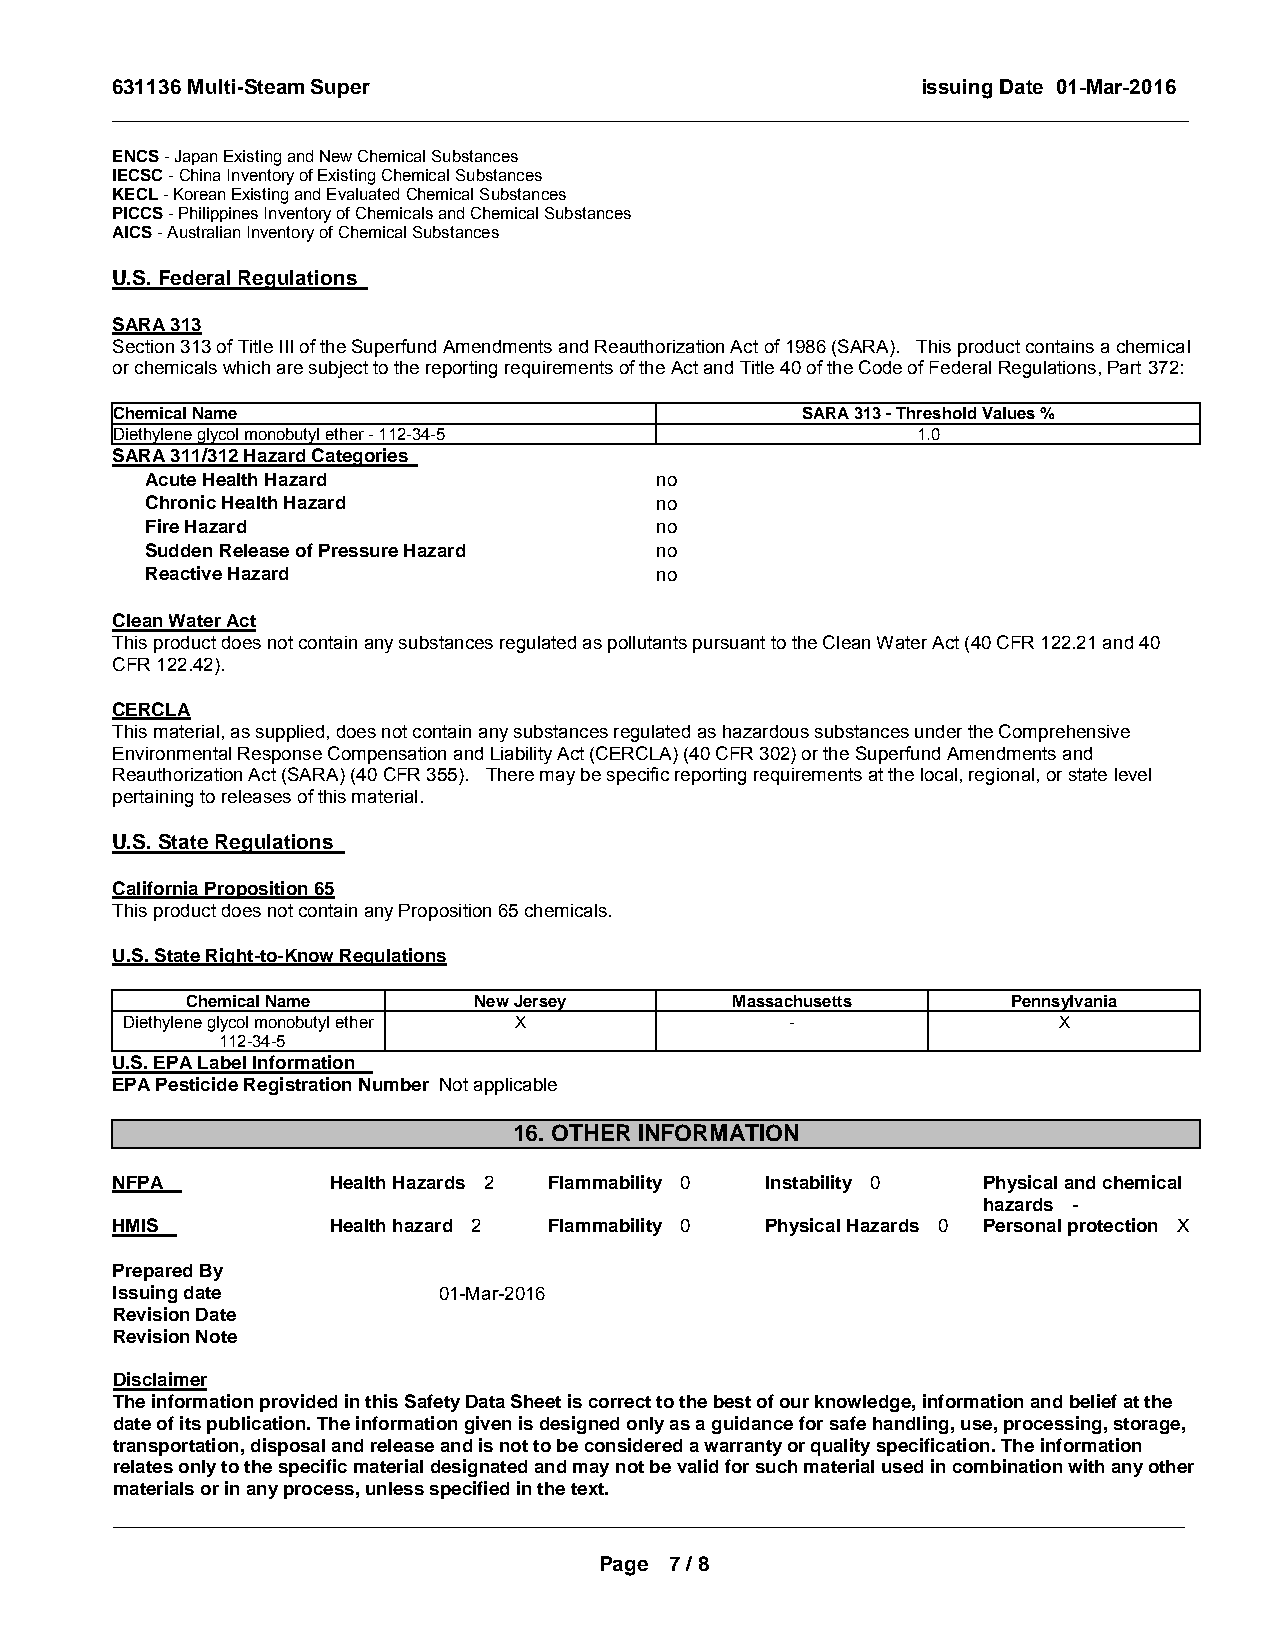
631136 Multi-Steam Super                              issuing Date 01-Mar-2016
 _____________________________________________________________________________________________
 ENCS - Japan Existing and New Chemical Substances
 IECSC - China Inventory of Existing Chemical Substances
 KECL - Korean Existing and Evaluated Chemical Substances
 PICCS - Philippines Inventory of Chemicals and Chemical Substances
 AICS - Australian Inventory of Chemical Substances
 U.S. Federal Regulations
 SARA 313
 Section 313 of Title III of the Superfund Amendments and Reauthorization Act of 1986 (SARA). This product contains a chemical
 or chemicals which are subject to the reporting requirements of the Act and Title 40 of the Code of Federal Regulations, Part 372:
 Chemical Name                                 SARA 313 - Threshold Values %
 Diethylene glycol monobutyl ether - 112-34-5          1.0
 SARA 311/312 Hazard Categories
 Acute Health Hazard              no
 Chronic Health Hazard            no
 Fire Hazard                      no
 Sudden Release of Pressure Hazard no
 Reactive Hazard                  no
 Clean Water Act
 This product does not contain any substances regulated as pollutants pursuant to the Clean Water Act (40 CFR 122.21 and 40
 CFR 122.42).
 CERCLA
 This material, as supplied, does not contain any substances regulated as hazardous substances under the Comprehensive
 Environmental Response Compensation and Liability Act (CERCLA) (40 CFR 302) or the Superfund Amendments and
 Reauthorization Act (SARA) (40 CFR 355). There may be specific reporting requirements at the local, regional, or state level
 pertaining to releases of this material.
 U.S. State Regulations
 California Proposition 65
 This product does not contain any Proposition 65 chemicals.
 U.S. State Right-to-Know Regulations
 Chemical Name      New Jersey       Massachusetts      Pennsylvania
 Diethylene glycol monobutyl ether X         -                 X
 112-34-5
 U.S. EPA Label Information
 EPA Pesticide Registration Number Not applicable
 16. OTHER INFORMATION
 NFPA           Health Hazards 2 Flammability 0 Instability 0 Physical and chemical
 hazards -
 HMIS           Health hazard 2 Flammability 0 Physical Hazards 0 Personal protection X
 Prepared By
 Issuing date          01-Mar-2016
 Revision Date
 Revision Note
 Disclaimer
 The information provided in this Safety Data Sheet is correct to the best of our knowledge, information and belief at the
 date of its publication. The information given is designed only as a guidance for safe handling, use, processing, storage,
 transportation, disposal and release and is not to be considered a warranty or quality specification. The information
 relates only to the specific material designated and may not be valid for such material used in combination with any other
 materials or in any process, unless specified in the text.
 _____________________________________________________________________________________________
 Page 7 / 8